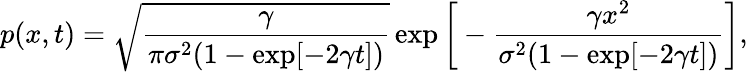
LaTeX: p(x,t)=\sqrt{\frac{\gamma}{\pi\sigma^{2}(1-\exp[-2\gamma t])}}\exp\bigg[-\frac{\gamma x^{2}}{\sigma^{2}(1-\exp[-2\gamma t])}\bigg],